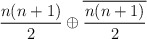
\begin{align*}\frac{n(n+1)}{2} \oplus \overline{\frac{n(n+1)}{2}}\end{align*}